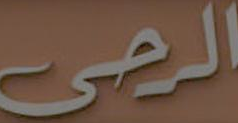
الرحى